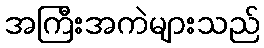
အကြီးအကဲများသည်